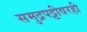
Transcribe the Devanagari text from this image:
समुद्रपट्टीवरही